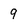
Character: 9